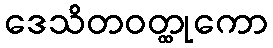
ဒေသိတဝတ္ထုကော